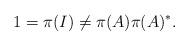
LaTeX: \begin{align*}1 = \pi(I) \ne \pi(A) \pi(A)^*. \end{align*}